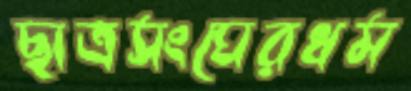
ছাত্রসংঘেরধম